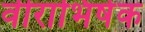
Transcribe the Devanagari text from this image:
वीराभिषेक